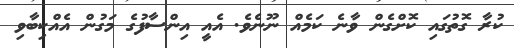
ކުރާ ގޮތުގައި ކޮށްގެން ވާނެ ކަމެއް ނޫނެވެ. އެއީ އިންސާފުގެ މަގުން އެއްކިބާވި